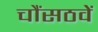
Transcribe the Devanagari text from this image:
चौंसठवें